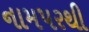
નામપરથી